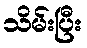
သိမ်းပြီး